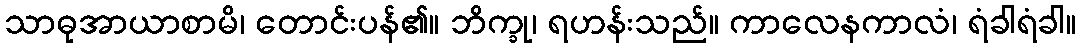
သာဓုအာယာစာမိ၊ တောင်းပန်၏။ ဘိက္ခု၊ ရဟန်းသည်။ ကာလေနကာလံ၊ ရံခါရံခါ။